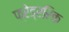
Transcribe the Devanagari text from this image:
फ्रेड्ररिक